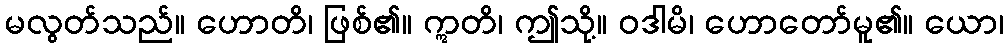
မလွတ်သည်။ ဟောတိ၊ ဖြစ်၏။ ဣတိ၊ ဤသို့။ ဝဒါမိ၊ ဟောတော်မူ၏။ ယော၊